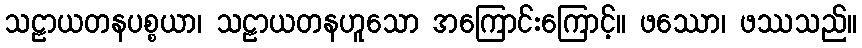
သဠာယတနပစ္စယာ၊ သဠာယတနဟူသော အကြောင်းကြောင့်။ ဖဿော၊ ဖဿသည်။